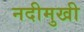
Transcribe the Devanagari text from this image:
नदीमुखी